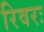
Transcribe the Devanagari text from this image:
रिवरः